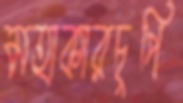
মহাকারচুপি